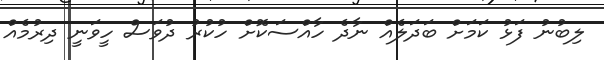
ލިބުނު ފަޅު ކަމަށް ބަދަލެއް ނާދެ ހާއްސަކޮށް ހުކުރު ދުވަސް ހީވަނީ ދިރުމެއް